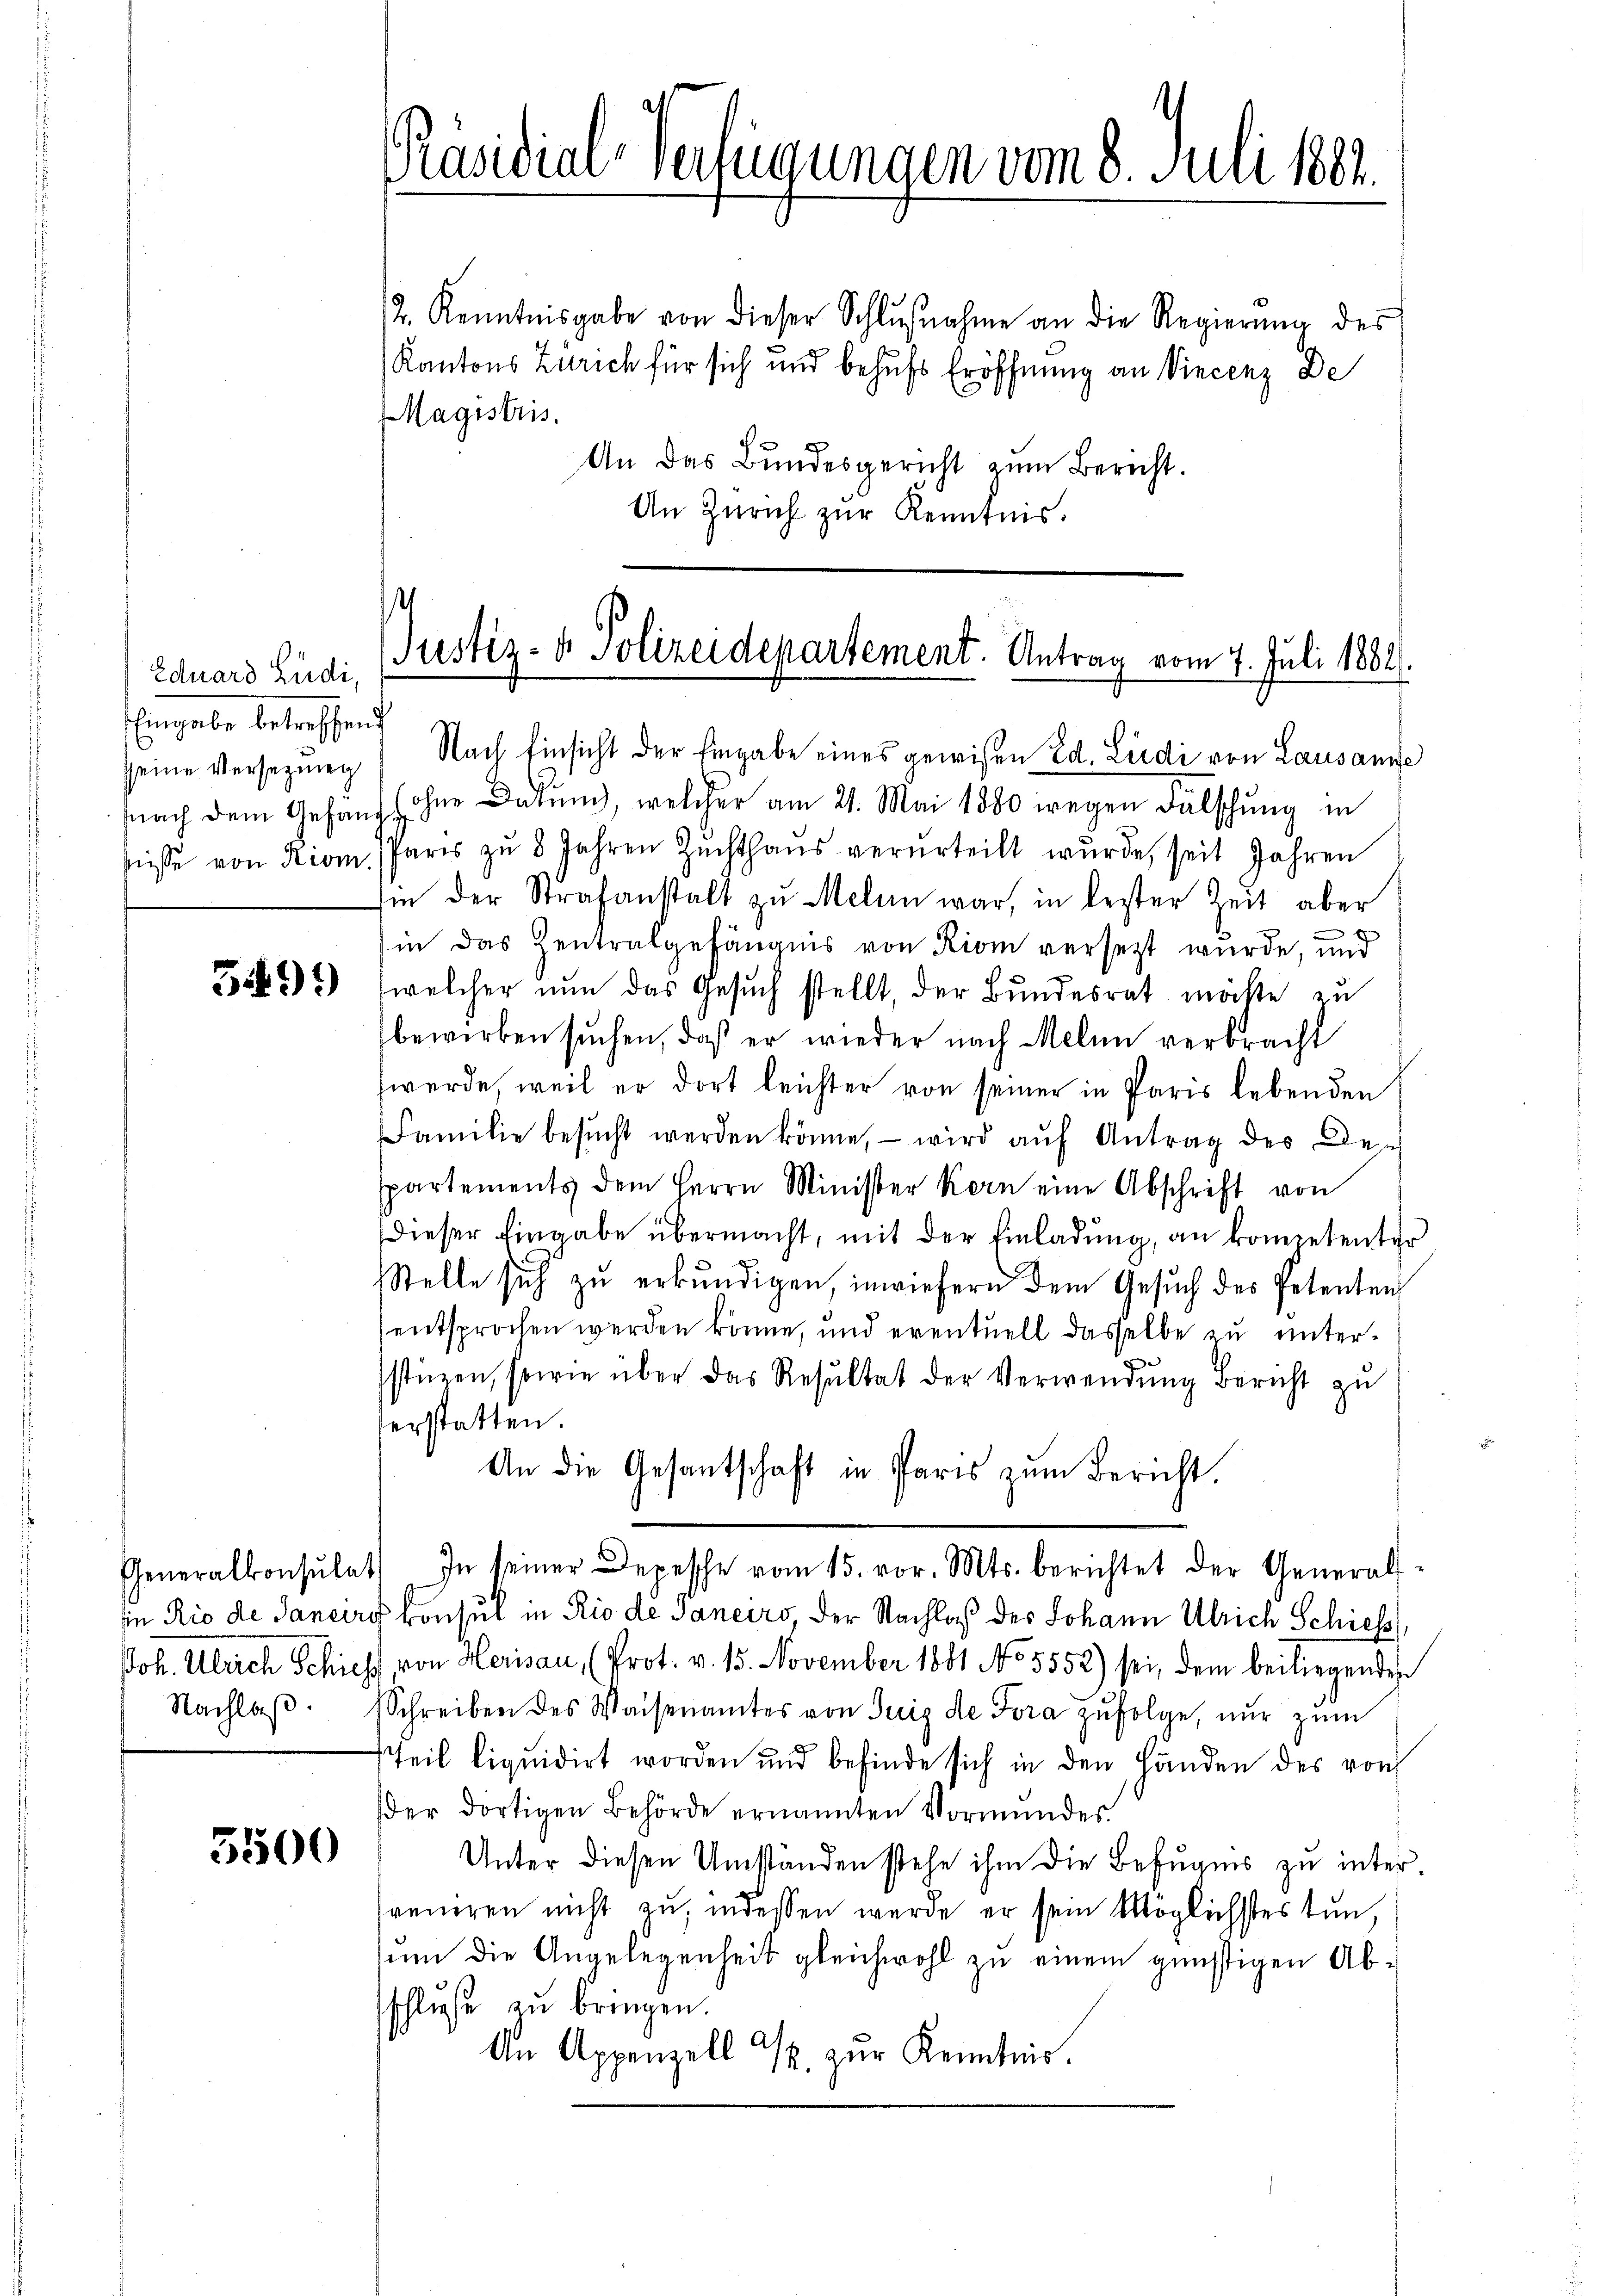
Eduard Ludi,
Eingabe betreffend
nach dem Gefang
fnisse von Kom

Nachlaß

5500

Kantons Zürich für sich und behufs Eröffnung an Vincenz De
Magistris.
An das Bundesgericht zŭm Bericht.
An Zürich zur Kenntnis.

Präsidial-Verfügungen vom 8. Juli 1882.

Justiz- & Polizeidepartement. Antrag vom 7. Juli 1882.
seine Versezung Nach Einsicht der Eingabe eines gewisen Ed. Liedi von Lausame

2. Kenntnisgabe von dieser Schlŭβnahme an die Regierŭng des

ohne Datum, welcher am 21. Mai 1880 wegen Falschung in
Paris zŭ 8 Jahren Zŭchthaŭs verurteilt wŭrde, seit Jahren
in der Strafanstalt zu Melan war, in bester Zeit aber
in das Zentralgefängnis von Riom versezt wurde, und
Frk. 1) welcher nun das Gesuch stellt, der Bundesrat möchte zu
bewirken sŭchen, daß er wieder nach Melin verbracht
werde, weil er dort leichter von seiner in Paris lebenden
Familie besucht werden könne, – wird auf Antrag der Des
spartements dem Herrn Minister Kern eine Abschrift von
dieser Eingabe übermacht, mit der Einladung, an kompetenter
Stelle sich zŭ erkŭndigen, inwiefern dem Gesŭch des Petenten
entsprochen werden könne, und eventuell dasselbe zu unterstüzen, sowie über das Resultat der Verwendŭng Bericht zŭ
erstatten.
An die Gesantschaft in Paris zŭm Bericht.
Generalkonsulat In seiner Depesche vom 15. vor. Mts. berichtet der General-
in Rio de Saneiro konsul in Rio de Janeiro, der Nachlaß des Johann Ulrich Schiess,
Joh. Ulrich Schieht, von Herisau, (Prot. v. 15. November 1881 No 5552) sei, dem beiliegenden
Schreiben des Waisenamtes von Suis de Tora zŭfolge, nŭr zŭm
teil liquidirt worden und befinde sich in den Händen des von
der dortigen Behörde ernannten Vormundes.
Unter diesen Umständen stehe ihm die Befugnis zu interreueren nicht zu, indessen werde er sein Möglichstes tun,
sin die Angelegenheit gleichwohl zu einem günstigen Abschlusse zu bringen.
An Appenzell & zur Kenntnis.